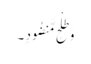
وَ طَلْحٍ مَّنضُودٍ ۔